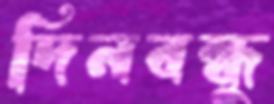
দিনবন্ধু